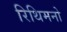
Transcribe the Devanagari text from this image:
रिथिमनो